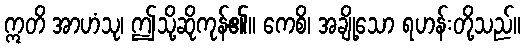
ဣတိ အာဟံသု၊ ဤသို့ဆိုကုန်၏။ ကေစိ၊ အချို့သော ရဟန်းတို့သည်။